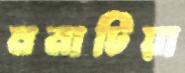
মনাটিয়া